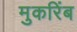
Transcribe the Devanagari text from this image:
मुकरिंब